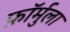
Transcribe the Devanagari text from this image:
फ़ॉर्मुला